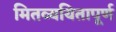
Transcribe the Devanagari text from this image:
मितव्ययितापूर्ण